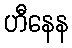
ဟီနေန